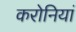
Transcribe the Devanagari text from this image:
करोनियां